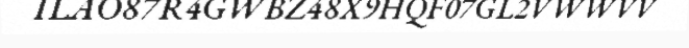
ILAO87R4GWBZ48X9HQF07GL2VWWVV